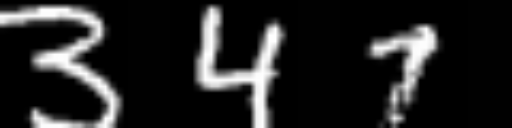
Text: 347